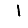
Digit: 1